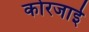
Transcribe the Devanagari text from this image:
कोरजाई